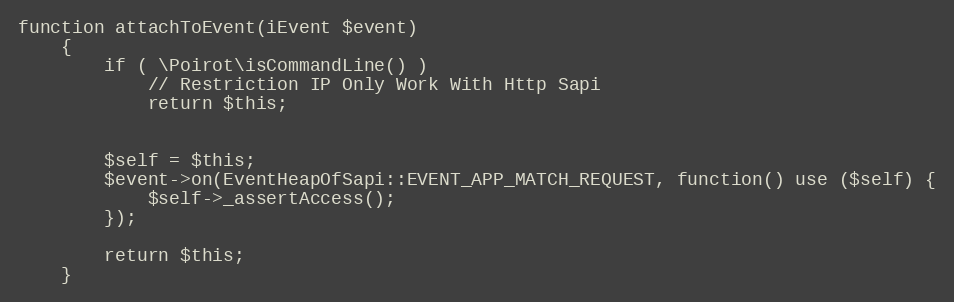
Language: PHP
function attachToEvent(iEvent $event)
    {
        if ( \Poirot\isCommandLine() )
            // Restriction IP Only Work With Http Sapi
            return $this;

        $self = $this;
        $event->on(EventHeapOfSapi::EVENT_APP_MATCH_REQUEST, function() use ($self) {
            $self->_assertAccess();
        });

        return $this;
    }